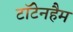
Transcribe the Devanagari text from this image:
टॉटेनहैम